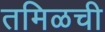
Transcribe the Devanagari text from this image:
तमिळची